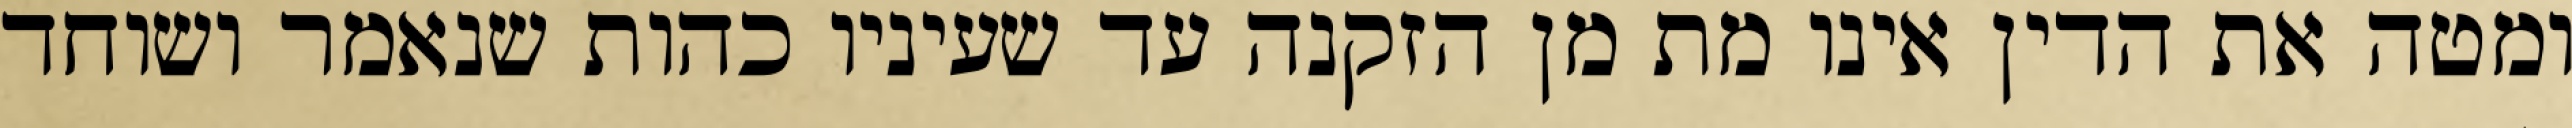
ומטה את הדין אינו מת מן הזקנה עד שעיניו כהות שנאמר ושוחד